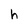
Character: h